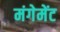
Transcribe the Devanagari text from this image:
मंगेमेंट